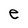
Character: e